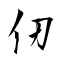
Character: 仞